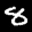
Label: 8